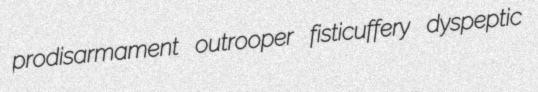
prodisarmament outrooper fisticuffery dyspeptic